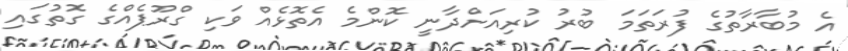
އެ މުބާރާތުގެ ފުރަތަމަ ބުރު ކުރިއަށްދާނީ ކޮންމެ އެތޮޅެއް ވަކި ގްރޫޕެއްގެ ގޮތުގައި